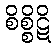
စိစ္စိဋိ